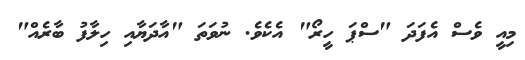
މިއީ ވެސް އެފަދަ "ސްޕަ ހީރޯ" އެކެވެ. ނުވަތަ "އާދަޔާއި ހިލާފު ބާރެއް"